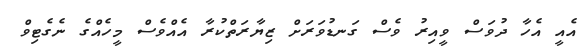
އެއީ އެހާ ދުވަސް ވީއިރު ވެސް ގަނޑުވަރަށް ޒިޔާރަތްކުރާ އެއްވެސް މީހެއްގެ ނެގެޓިވް